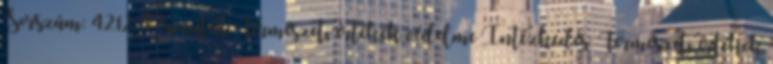
Sorszám: 4212 Prioritás: Természeti értékek védelme Intézkedés: Természeti értékek